Lunatic asylums in Bengal annual reports 1912-1924 - 1912-1924
Year: 1912
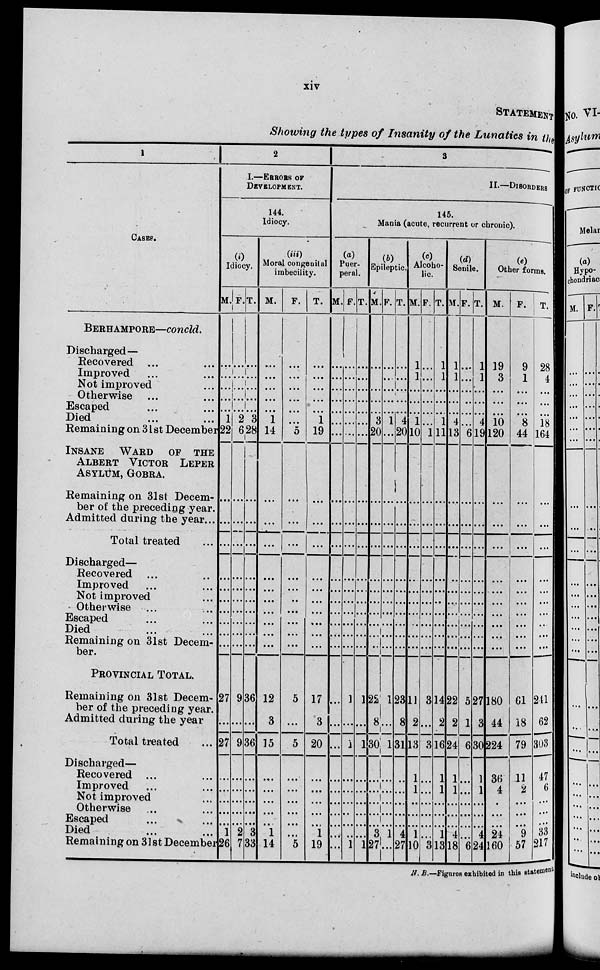
xiv
STATEMENT
Showing the types of Insanity of the Lunatics in the
1
CASES.
BERHAMPORE—concld.
Discharged—
Recovered ... ...
Improved ... ...
Not improved ...
Otherwise ... ...
Escaped ... ...
Died ... ...
Remaining on 31st December
INSANE WARD OF THE
ALBERT VICTOR LEPER
ASYLUM, GOBRA.
Remaining on 31st Decem-
ber of the preceding year.
Admitted during the year...
Total treated ...
Discharged—
Recovered ... ...
Improved ... ...
Not improved ...
Otherwise ... ...
Escaped ... ...
Died ... ...
Remaining on 31st Decem-
ber.
PROVINCIAL TOTAL.
Remaining on 31st Decem-
ber of the preceding year.
Admitted during the year
Total treated ...
Discharged—
Recovered ... ...
Improved ... ...
Not improved ...
Otherwise ... ...
Escaped ... ...
Died ... ...
Remaining on 31st December
2
I.—ERRORS OF
DEVELOPMENT.
144.
Idiocy.
(i)
Idiocy.
M.
...
...
...
...
...
1
22
...
...
...
...
...
...
...
...
...
...
27
...
27
...
...
...
...
...
1
26
F.
...
...
...
...
...
2
6
...
...
...
...
...
...
...
...
...
...
9
...
9
...
...
...
...
...
2
7
T.
...
...
...
...
...
3
28
...
...
...
...
...
...
...
...
...
...
36
...
36
...
...
...
...
...
3
33
(iii)
Moral congenital
imbecility.
M.
...
...
...
...
...
1
14
...
...
...
...
...
...
...
...
...
...
12
3
15
...
...
...
...
...
1
14
F.
...
...
...
...
...
...
5
...
...
...
...
...
...
...
...
...
...
5
...
5
...
...
...
...
...
...
5
T.
...
...
...
...
...
1
19
...
...
...
...
...
...
...
...
...
...
17
3
20
...
...
...
...
...
1
19
3
II.—DISORDERS
145.
Mania (acute, recurrent or chronic).
(a)
Puer-
peral.
M.
...
...
...
...
...
...
...
...
...
...
...
...
...
...
...
...
...
...
...
...
...
...
...
...
...
...
...
F.
...
...
...
...
...
...
...
...
...
...
...
...
...
...
...
...
...
1
...
1
...
...
...
...
...
...
1
T.
...
...
...
...
...
...
...
...
...
...
...
...
...
...
...
...
...
1
...
1
...
...
...
...
...
...
1
(b)
Epileptic.
M.
...
...
...
...
...
3
20
...
...
...
...
...
...
...
...
...
...
22
8
30
...
...
...
...
...
3
27
F.
...
...
...
...
...
1
...
...
...
...
...
...
...
...
...
...
...
1
...
1
...
...
...
...
...
1
...
T.
...
...
...
...
...
4
20
...
...
...
...
...
...
...
...
...
...
23
8
31
...
...
...
...
...
4
27
(c)
Alcoho-
lic.
M.
1
1
...
...
...
1
10
...
...
...
...
...
...
...
...
...
...
11
2
13
1
1
...
...
...
1
10
F.
...
...
...
...
...
...
1
...
...
...
...
...
...
...
...
...
...
3
...
3
...
...
...
...
...
...
3
T.
1
1
...
...
...
1
11
...
...
...
...
...
...
...
...
...
...
14
2
16
1
1
...
...
...
1
13
(d)
Senile.
M.
1
1
...
...
...
4
13
...
...
...
...
...
...
...
...
...
...
22
2
24
1
1
...
...
...
4
18
F.
...
...
...
...
...
...
6
...
...
...
...
...
...
...
...
...
...
5
1
6
...
...
...
...
...
...
6
T.
1
1
...
...
...
4
19
...
...
...
...
...
...
...
...
...
...
27
3
30
1
1
...
...
...
4
24
(e)
Other forms.
M.
19
3
...
...
...
10
120
...
...
...
...
...
...
...
...
...
...
180
44
224
36
4
...
...
...
24
160
F.
9
1
...
...
...
8
44
...
...
...
...
...
...
...
...
...
...
61
18
79
11
2
...
...
...
9
57
T.
28
4
...
...
...
18
164
...
...
...
...
...
...
...
...
...
...
241
62
303
47
6
...
...
...
33
217
N.B.—Figures exhibited in this statement